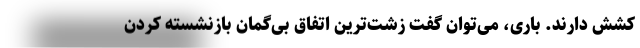
کشش دارند. باری، می‌توان گفت زشت‌ترین اتفاق بی‌گمان بازنشسته کردن